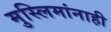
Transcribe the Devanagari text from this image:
मुस्लिमांनाही